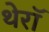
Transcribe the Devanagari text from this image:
थेरॉ